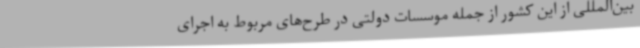
بین‌المللی از این کشور از جمله موسسات دولتی در طرح‌های مربوط به اجرای